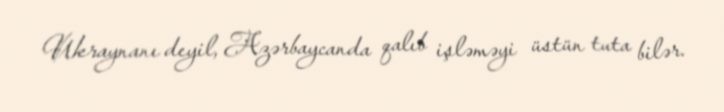
Ukraynanı deyil, Azərbaycanda qalıb işləməyi üstün tuta bilər.